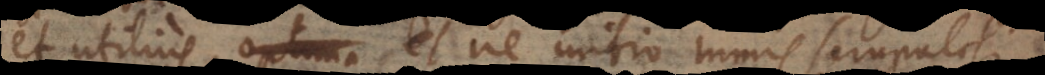
et utilius, optima et ne initio nimis scrupulosi